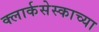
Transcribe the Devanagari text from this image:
क्लार्कसेस्काच्या